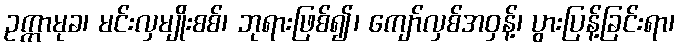
ဥက္ကာမုခ၊ မင်းလှမျိုးစစ်၊ ဘုရားဖြစ်၍၊ ကျော်လှစ်အဝှန့်၊ ပွားပြန့်ခြင်းရာ၊